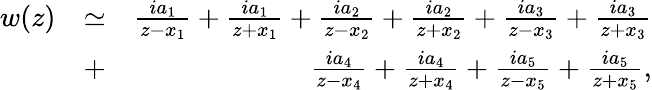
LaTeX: \begin{array}{rlr}{w(z)}&{\simeq}&{\frac{ia_{1}}{z-x_{1}}+\frac{ia_{1}}{z+x_{1}}+\frac{ia_{2}}{z-x_{2}}+\frac{ia_{2}}{z+x_{2}}+\frac{ia_{3}}{z-x_{3}}+\frac{ia_{3}}{z+x_{3}}}\\ &{+}&{\frac{ia_{4}}{z-x_{4}}+\frac{ia_{4}}{z+x_{4}}+\frac{ia_{5}}{z-x_{5}}+\frac{ia_{5}}{z+x_{5}},}\end{array}